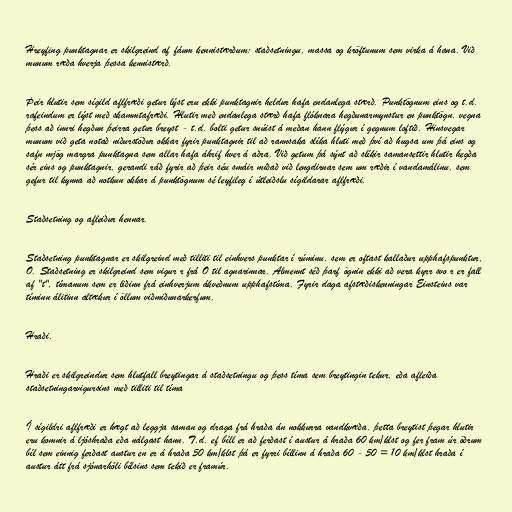
Hreyfing punktagnar er skilgreind af fáum kennistærðum: staðsetningu, massa og kröftunum sem virka á hana. Við
munum ræða hverja þessa kennistærð.

Þeir hlutir sem sígild aflfræði getur lýst eru ekki punktagnir heldur hafa endanlega stærð. Punktögnum eins og t.d.
rafeindum er lýst með skammtafræði. Hlutir með endanlega stærð hafa flóknara hegðunarmynstur en punktögn, vegna
þess að innri hegðun þeirra getur breyst - t.d. bolti getur snúist á meðan hann flýgur í gegnum loftið. Hinsvegar
munum við geta notað niðurstöður okkar fyrir punktagnir til að rannsaka slíka hluti með því að hugsa um þá eins og
safn mjög margra punktagna sem allar hafa áhrif hver á aðra. Við getum þá sýnt að slíkir samansettir hlutir hegða
sér eins og punktagnir, gerandi ráð fyrir að þeir séu smáir miðað við lengdirnar sem um ræðir í vandamálinu, sem
gefur til kynna að notkun okkar á punktögnum sé leyfileg í útleiðslu sígildarar aflfræði.

Staðsetning og afleiður hennar.

Staðsetning punktagnar er skilgreind með tilliti til einhvers punktar í rúminu, sem er oftast kallaður upphafspunktur,
O. Staðsetning er skilgreind sem vigur r frá O til agnarinnar. Almennt séð þarf ögnin ekki að vera kyrr svo r er fall
af "t", tímanum sem er liðinn frá einhverjum ákveðnum upphafstíma. Fyrir daga afstæðiskenningar Einsteins var
tíminn álitinn altækur í öllum viðmiðunarkerfum.

Hraði.

Hraði er skilgreindur sem hlutfall breytingar á staðsetningu og þess tíma sem breytingin tekur, eða afleiða
staðsetningarvigursins með tilliti til tíma

Í sígildri aflfræði er hægt að leggja saman og draga frá hraða án nokkurra vandkvæða, þetta breytist þegar hlutir
eru komnir á ljóshraða eða nálgast hann. T.d. ef bíll er að ferðast í austur á hraða 60 km/klst og fer fram úr öðrum
bíl sem einnig ferðast austur en er á hraða 50 km/klst þá er fyrri bíllinn á hraða 60 - 50 = 10 km/klst hraða í
austur átt frá sjónarhóli bílsins sem tekið er framúr.